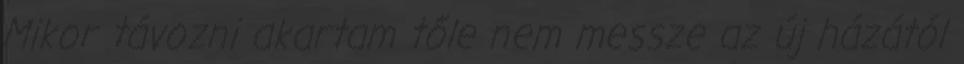
Mikor távozni akartam tőle nem messze az új házától